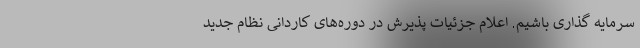
سرمایه گذاری باشیم. اعلام جزئیات پذیرش در دوره‌های کاردانی نظام جدید